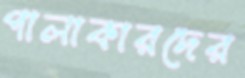
পালাকারদের